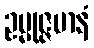
ဥမ္မုဇ္ဇမာနံ